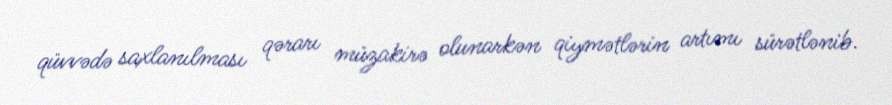
qüvvədə saxlanılması qərarı müzakirə olunarkən qiymətlərin artımı sürətlənib.